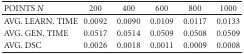
<table><thead><tr><td><b>POINTS <i>N</i></b></td><td><b>200</b></td><td><b>400</b></td><td><b>600</b></td><td><b>800</b></td><td><b>1000</b></td></tr></thead><tbody><tr><td>AVG. LEARN. TIME</td><td>0.0092</td><td>0.0090</td><td>0.0109</td><td>0.0117</td><td>0.0133</td></tr><tr><td>AVG. GEN. TIME</td><td>0.0517</td><td>0.0514</td><td>0.0509</td><td>0.0508</td><td>0.0509</td></tr><tr><td>AVG. DSC</td><td>0.0026</td><td>0.0018</td><td>0.0011</td><td>0.0009</td><td>0.0008</td></tr></tbody></table>